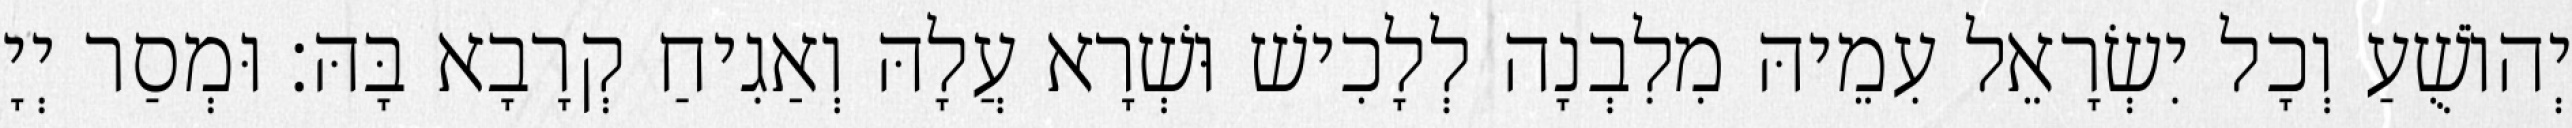
יְהוֹשֻׁעַ וְכָל יִשְׂרָאֵל עִמֵיהּ מִלִבְנָה לְלָכִישׁ וּשְׁרָא עֲלָהּ וְאַגִיחַ קְרָבָא בָּהּ׃ וּמְסַר יְיָ